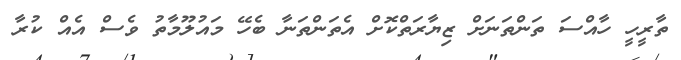
ތާރީހީ ހާއްސަ ތަންތަނަށް ޒިޔާރަތްކޮށް އެތަންތަނާ ބެހޭ މައުލޫމާތު ވެސް އެއް ކުރާ